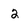
Character: 2